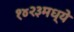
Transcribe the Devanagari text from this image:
१४२३मध्ये